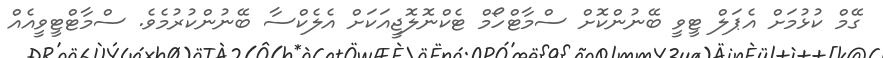
ގޭމް ކުޅުމަށް އެޕަލް ޓީވީ ބޭނުންކޮށް ސްމާޓްހޯމް ޓެކްނޮލޮޖީއަކަށް އެލެކްސާ ބޭނުންކުރުމެވެ. ސްމާޓްޓީވީއެއް